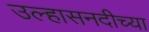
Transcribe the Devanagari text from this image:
उल्हासनदीच्या